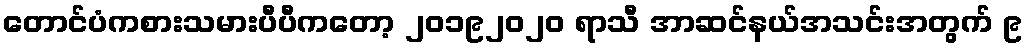
တောင်ပံကစားသမားပီပီကတော့ ၂၀၁၉၂၀၂၀ ရာသီ အာဆင်နယ်အသင်းအတွက် ၉